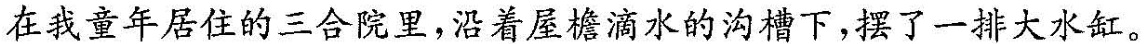
在我童年居住的三合院里，沿着屋檐滴水的沟槽下，摆了一排大水缸。